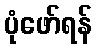
ပုံဖော်ရန်